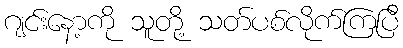
ဂျင်းနော့ကို သူတို့ သတ်ပစ်လိုက်ကြပြီ